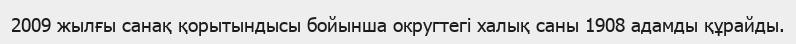
2009 жылғы санақ қорытындысы бойынша округтегі халық саны 1908 адамды құрайды.